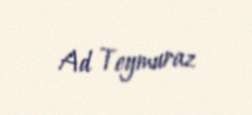
Ad Teymuraz